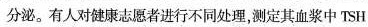
分泌。有人对健康志愿者进行不同处理，测定其血浆中TSH